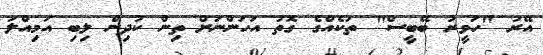
އޭރު "ހަވީރު ބޭބީސް" ތަކެއްގެ ގޮތު އަހަންނަށް ތިން ކުދިން ލިބި އަމިއްލަ